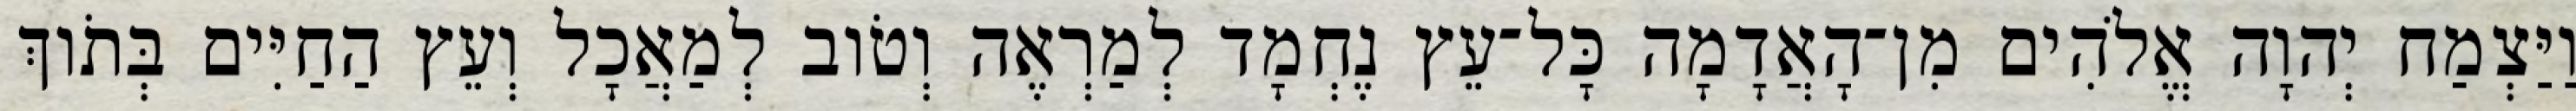
וַיַּצְמַח יְהוָה אֱלֹהִים מִן־הָאֲדָמָה כָּל־עֵץ נֶחְמָד לְמַרְאֶה וְטֹוב לְמַאֲכָל וְעֵץ הַחַיִּים בְּתֹוךְ